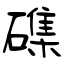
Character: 磼